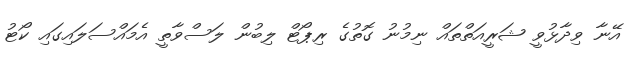
އޭނާ ވިދާޅުވީ ޝަރީއަތްތައް ނިމުނު ގޮތުގެ ރިޕޯޓް ލިބުން ލަސްވާތީ އެމައްސަލައިގައި ކޯޓު